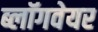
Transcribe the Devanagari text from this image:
ब्लॉगवेयर